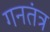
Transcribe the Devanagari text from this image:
गनतंत्र